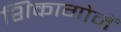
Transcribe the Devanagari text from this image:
शिकागोमें